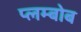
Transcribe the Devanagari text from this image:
प्लम्बोब